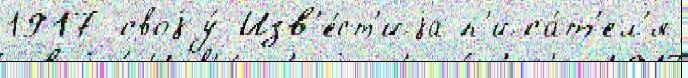
1917 своjу́ Изв'е́ст'иjа п'иса́т'ел'я